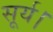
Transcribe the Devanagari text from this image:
सूर्य।